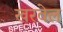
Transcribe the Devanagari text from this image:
खरवेल